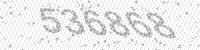
Solution: 536868